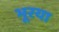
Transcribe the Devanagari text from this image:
भूरया